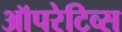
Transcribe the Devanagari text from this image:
ऑपरेटिव्स